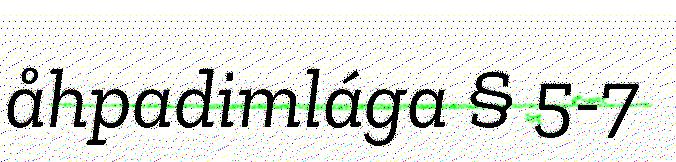
åhpadimlága § 5-7